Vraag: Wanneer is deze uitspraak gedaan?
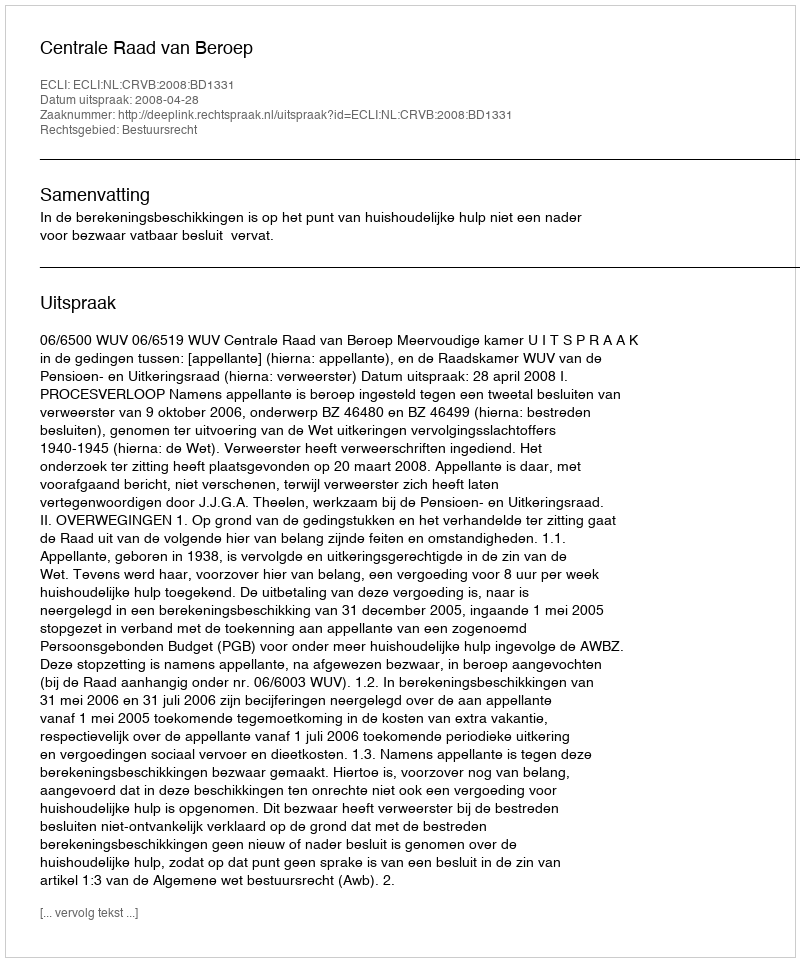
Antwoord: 2008-04-28